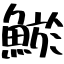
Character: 鯲